Vaccination in Bombay 1856-1862 - 1856-1862
Year: 1856
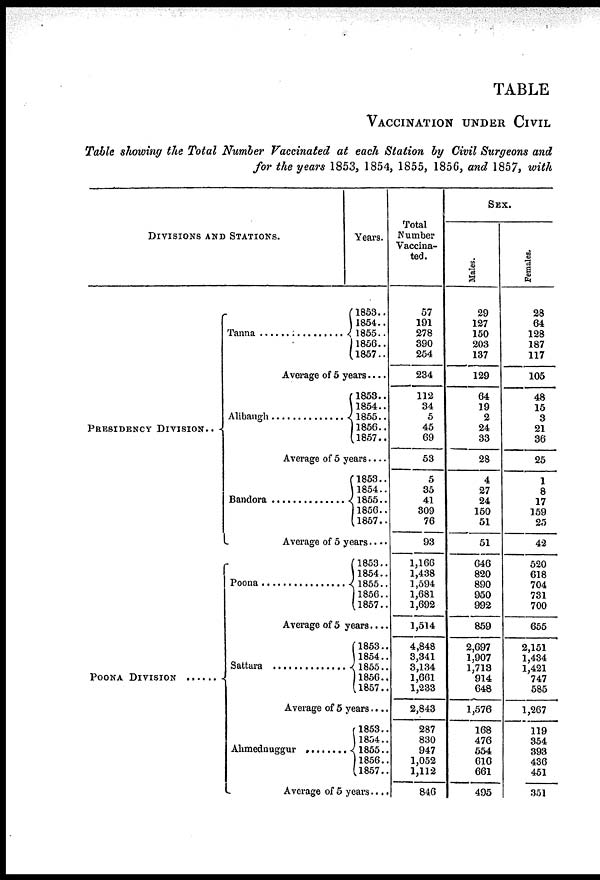
TABLE
VACCINATION UNDER CIVIL
Table showing the Total Number Vaccinated at each Station by Civil Surgeons and
for the years 1853, 1854, 1855, 1856, and 1857, with
DIVISIONS AND STATIONS.
PRESIDENCY DIVISION..
POONA DIVISION ......
Tanna ....................
Years.
1853..
1854..
1855..
1856..
l857..
Average of 5 years....
Alibaugh .................
1853..
1854..
1855..
1856..
1857..
Average of 5 years....
Bandora ...................
1853..
1854..
1855..
1856..
1857..
Average of 5 years ....
Poona ...................
1853..
1854..
1855..
1856..
1857..
Average of 5 years....
Sattara .................
1853..
1854..
1855..
1856..
1857..
Average of 5 years....
Ahmednuggur .........
1853..
1854..
1855..
1856..
1857..
Average of 5 years ....
Total
Number
Vaccina-
ted.
57
191
278
390
254
234
112
34
5
45
69
53
5
35
41
309
76
93
1,166
1,438
1,594
1,681
1,692
1,514
4,848
3,341
3,134
1,661
1,233
2,843
287
830
947
1,052
1,112
846
SEX.
Males.
29
127
150
203
137
129
64
19
2
24
33
28
4
27
24
150
51
51
646
820
890
950
992
859
2,697
1,907
1,713
914
648
1,576
168
476
554
616
661
495
Females.
28
64
128
187
117
105
48
15
3
21
36
25
1
8
17
159
25
42
520
618
704
731
700
655
2,151
1,434
1,421
747
585
1,267
119
354
393
436
451
351